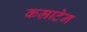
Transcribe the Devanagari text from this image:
कम्राटेन